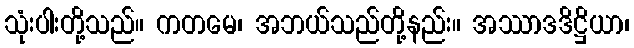
သုံးပါးတို့သည်။ ကတမေ၊ အဘယ်သည်တို့နည်း။ အဿာဒဒိဋ္ဌိယာ၊